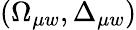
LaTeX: (\Omega_{\mu w},\Delta_{\mu w})